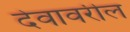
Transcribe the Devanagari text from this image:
देवावरील